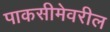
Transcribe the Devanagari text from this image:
पाकसीमेवरील